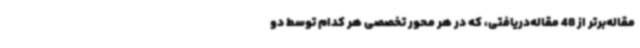
مقاله‌برتر از 48 مقاله‌دریافتی، که در هر محور تخصصی هر کدام توسط دو